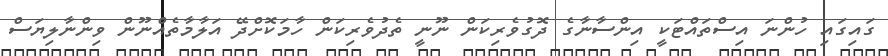
ގައިގައި ހުންނަ އިސްތައްޓަކީ އިންސާނާގެ ދޮގުވެރިކަން ނޫނީ ތެދުވެރިކަން ހާމަކޮށްދޭ އަލާމާތެއްނޫން ވިންނާލިޔަސް